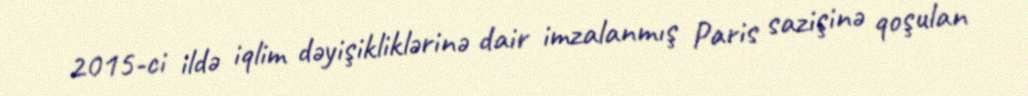
2015-ci ildə iqlim dəyişikliklərinə dair imzalanmış Paris sazişinə qoşulan